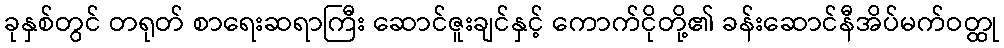
ခုနှစ်တွင် တရုတ် စာရေးဆရာကြီး ဆောင်ဇူးချင်နှင့် ကောက်ငိုတို့၏ ခန်းဆောင်နီအိပ်မက်ဝတ္ထု